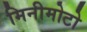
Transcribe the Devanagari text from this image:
मिनीमोटो